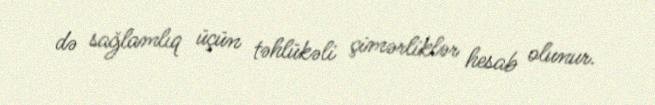
də sağlamlıq üçün təhlükəli çimərliklər hesab olunur.